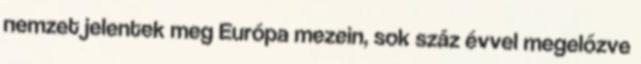
nemzet jelentek meg Európa mezein, sok száz évvel megelőzve